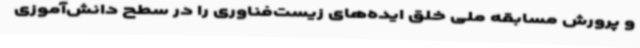
و پرورش مسابقه ملی خلق ایده‌های زیست‌فناوری را در سطح دانش‌آموزی